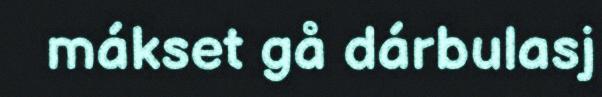
mákset gå dárbulasj